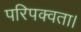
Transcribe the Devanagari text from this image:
परिपक्वता।